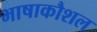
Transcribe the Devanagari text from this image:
भाषाकौशल